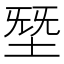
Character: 𰉸